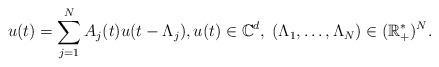
LaTeX: \begin{align*}u(t) = \sum_{j=1}^N A_j(t) u(t - \Lambda_j), u(t) \in \mathbb C^d,\; (\Lambda_1, \dotsc, \Lambda_N) \in (\mathbb R_+^\ast)^N.\end{align*}